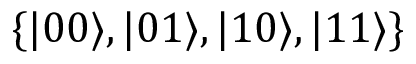
\{ \vert 0 0 \rangle , \vert 0 1 \rangle , \vert 1 0 \rangle , \vert 1 1 \rangle \}